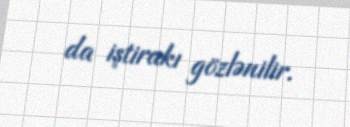
da iştirakı gözlənilir.